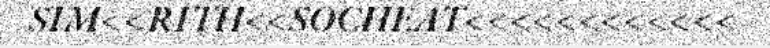
SIM<<RITH<<SOCHEAT<<<<<<<<<<<<